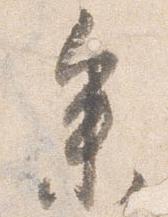
参